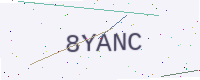
Text: 8YANC